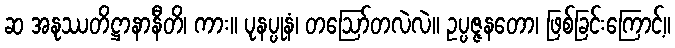
ဆ အနုဿတိဋ္ဌာနာနီတိ၊ ကား။ ပုနပ္ပုနံ၊ တဩော်တလဲလဲ။ ဥပ္ပဇ္ဇနတော၊ ဖြစ်ခြင်းကြောင့်။